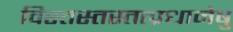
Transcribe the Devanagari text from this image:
विस्तस्तस्तत्प्रधानेषु